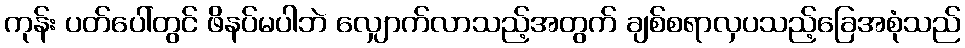
ကုန်း ပတ်ပေါ်တွင် ဖိနပ်မပါဘဲ လျှောက်လာသည့်အတွက် ချစ်စရာလှပသည့်ခြေအစုံသည်